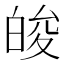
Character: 𤽭